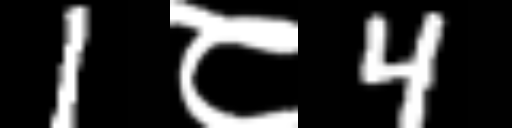
Text: 1८4